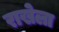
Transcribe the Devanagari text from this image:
राखेला